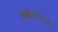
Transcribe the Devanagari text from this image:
भवाम्यहम्